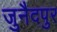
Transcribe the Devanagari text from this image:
जुनैदपुर